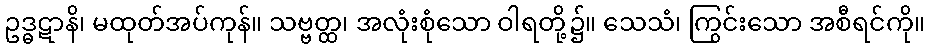
ဥဒ္ဓဋာနိ၊ မထုတ်အပ်ကုန်။ သဗ္ဗတ္ထ၊ အလုံးစုံသော ဝါရတို့၌။ သေသံ၊ ကြွင်းသော အစီရင်ကို။